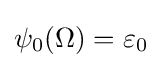
\psi _{0}(\Omega )=\varepsilon _{0}